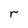
Character: r